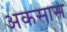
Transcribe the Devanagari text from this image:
अकसास